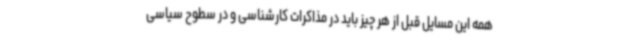
همه این مسایل قبل از هر چیز باید در مذاکرات کارشناسی و در سطوح سیاسی